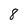
Character: 8